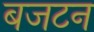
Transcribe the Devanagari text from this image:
बजटन